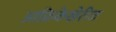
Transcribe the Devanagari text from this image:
आफ्रिकेखेरीज